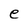
Character: e